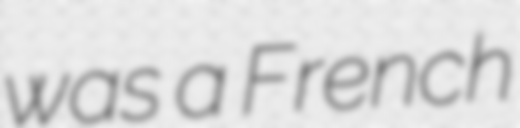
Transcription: was a French